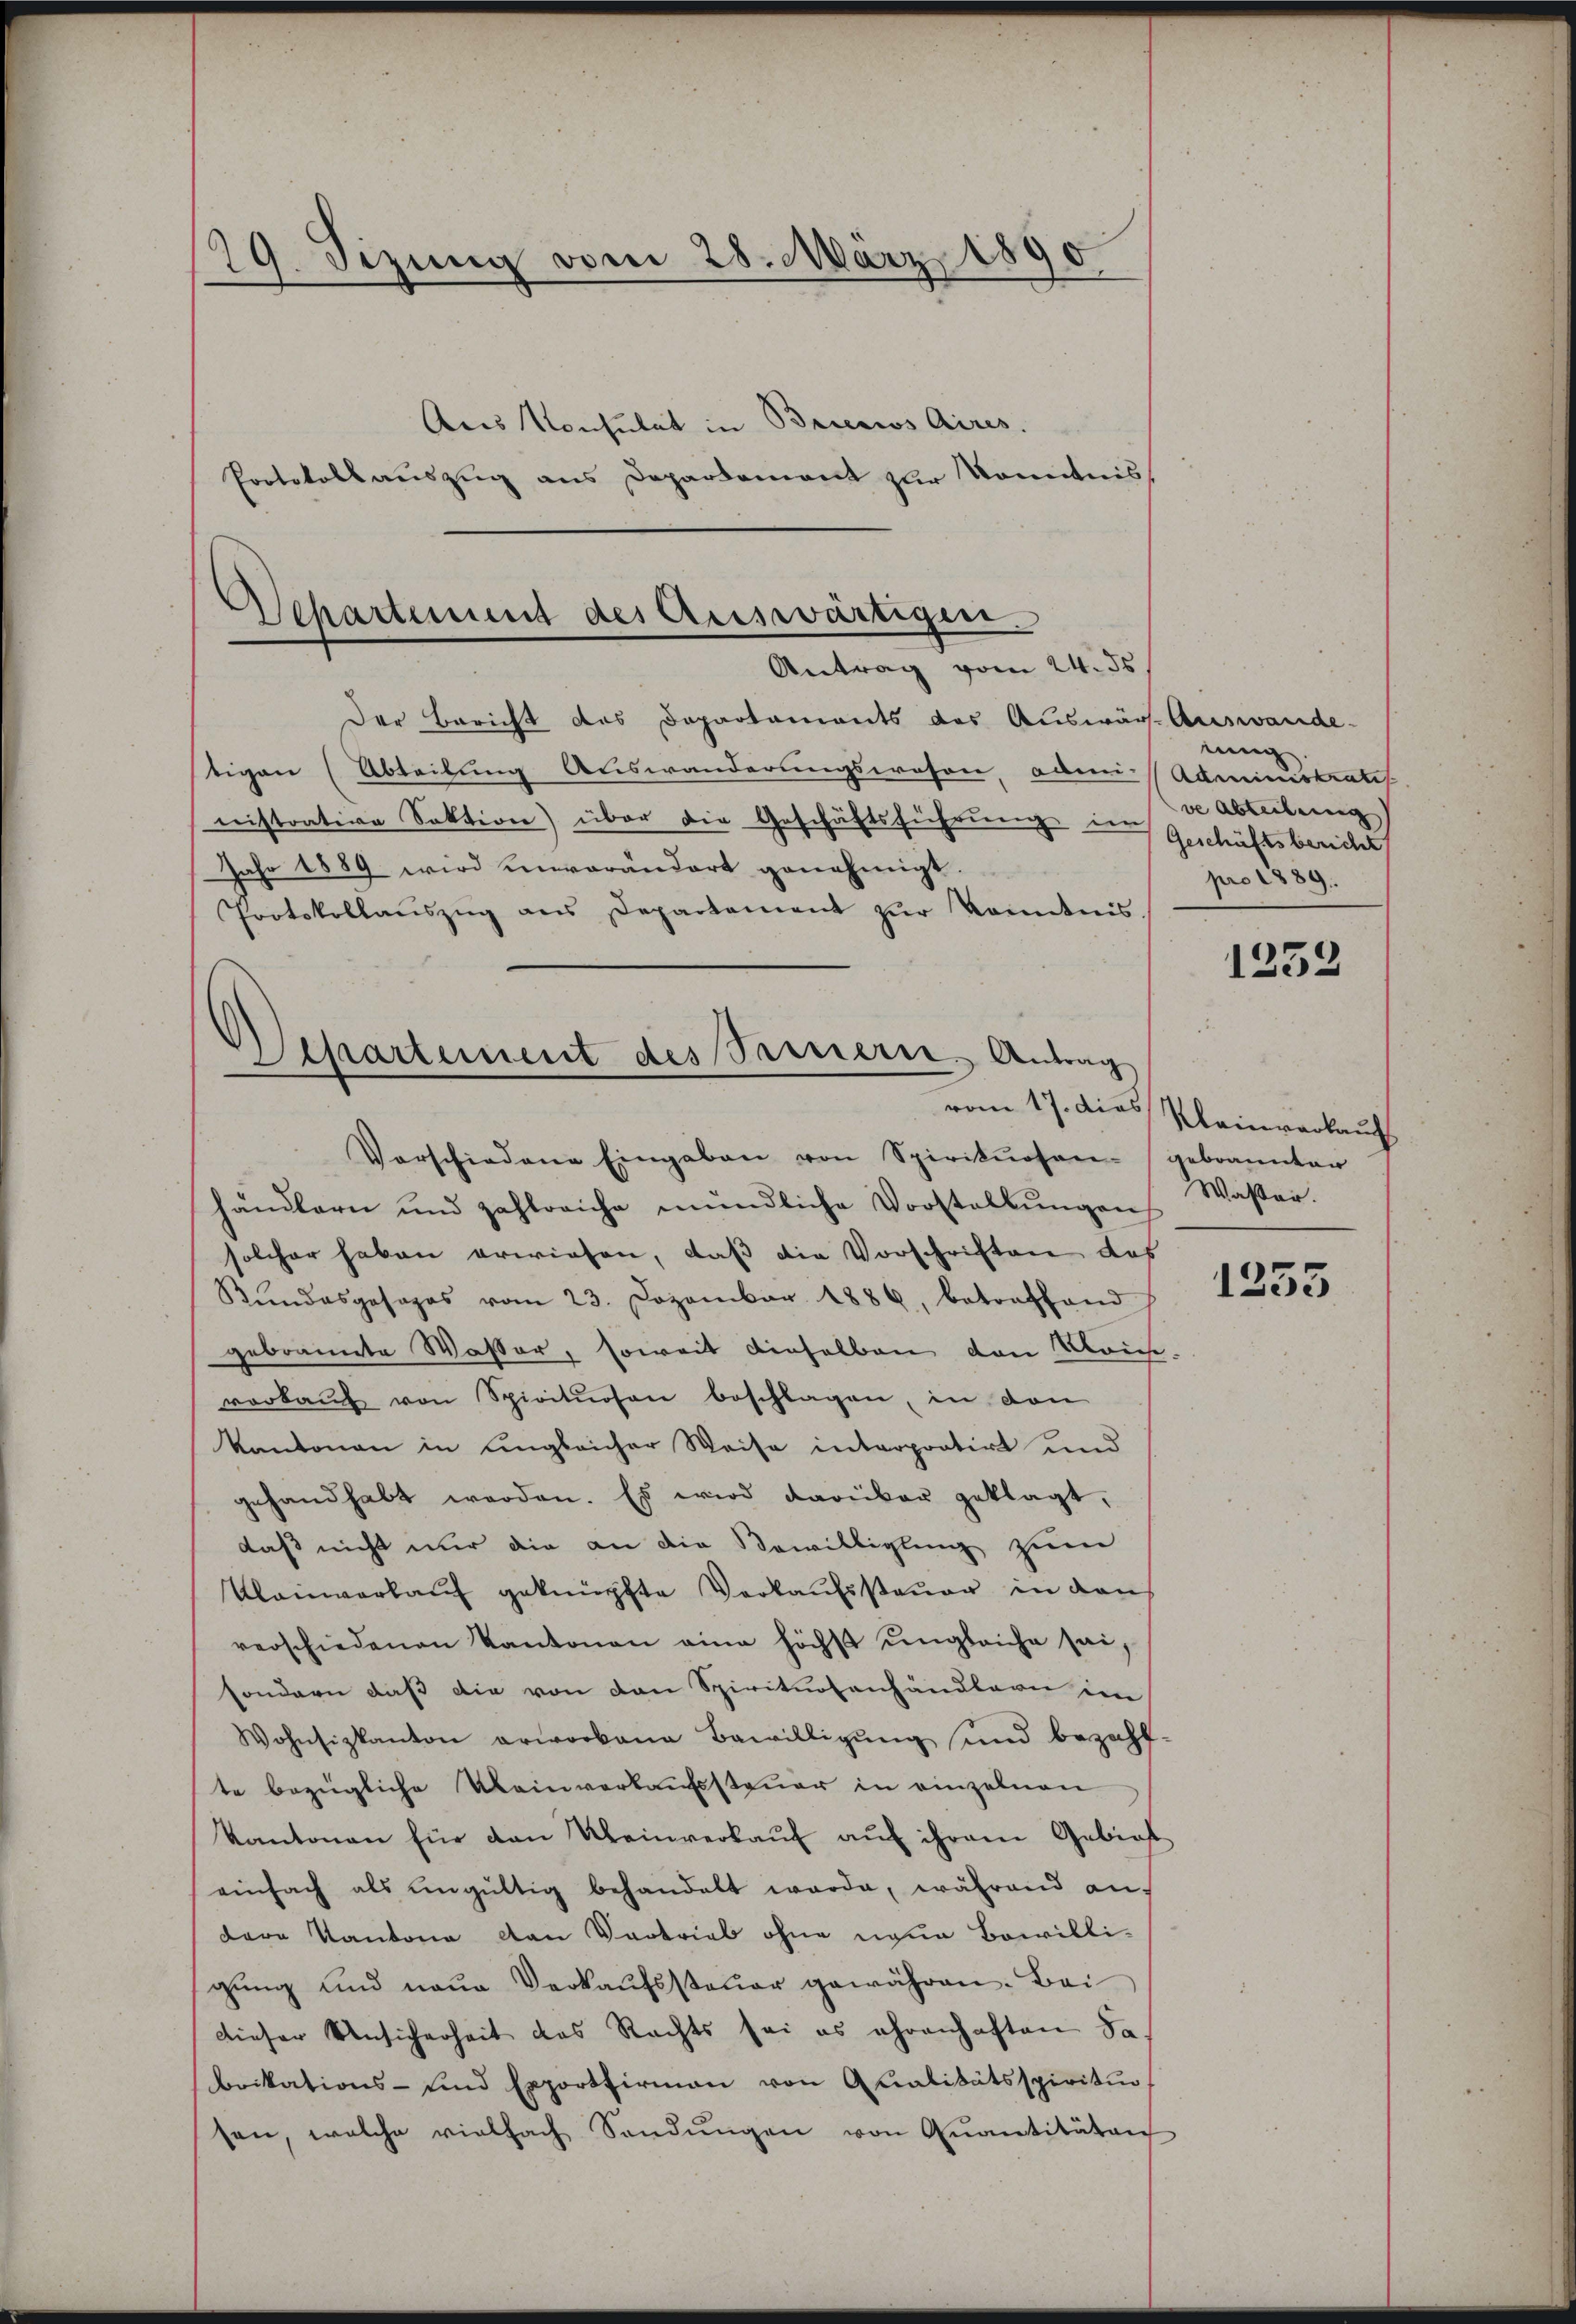
29. Sizung vom 28. März 1890
Ans Konsulat in Brecios Aires.
Protokollauszug aus Departement zur Kenntnis

Departement des Auswärtigen.
Antrag vom 24. ds

Der Bericht des Departaments des Auswär-Auswande-
tigen (Abteilung Auswanderungswesen, ade. Administrates
nistrative Sektion) über die Geschäftsführung in Geschäftsbericht
Jahr 1889 wird einverändert genehmigt.
Protokollaŭszŭg ans Departement zŭr Kenntnis

Departement des Sauern, Antrag

Vorschiedene Eingaben von Spirituosengebrannten
händlern und zahlreiche mündliche Vorstellŭngen Wasser.
solcher haben erwiesen, daß die Vorschriften das
Rŭndesgesages vom 23. Dezember 1886, betreffend
gebrannte Wasser, soweit dieselben den Klaich
verkaŭf von Spirituosen beschlagen, in den
Kantonen in ungleicher Weise introportirt und
gehandhabt werden. Es wird darüber geklagt,
daß nicht nur die an die Bewilligung zum
Kleinverkauf geknüpfte Verkaufssteuer in den
verschiedenen Kantonen eine höchst ungleiche sei,
sondern daß die von den Spirituosenhändlern im
Wohnsizkanton erworbene Bewilligung und bezahlte bezügliche Kleinverkaufssteuer in einzelnen
Kantonen für den Kleinverkaŭf aŭf ihrem Gebiet
einfach als ungültig behandelt werde, während an-
dare Kantone den Vertrieb ohne neue Bewilligŭng und neue Verkaŭfssteŭer gewähren. Bei
dieser Unsicherheit das Rechts sei es ehrenhaften da
brikations- und Exportfirmaṅ von Qualitätsspiriti
sen, welche vielfach Sendŭngen von Quantitäten

tung
ve Abteilung
pro 1889.

1252

vom 17. dies Kleinverkauf

1353